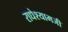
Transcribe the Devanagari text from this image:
राधेश्यामजी